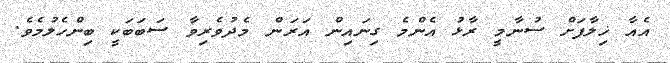
އެއާ ޚިލާފަށް ސުނާމީ ރާޅު އެންމެ ގިނައިން އަރަން މެދުވެރިވާ ސަބަބަކީ ބިންހެލުމެވެ.